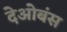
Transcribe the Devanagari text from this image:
देओबंस